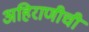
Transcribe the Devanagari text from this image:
अहिराणीची